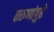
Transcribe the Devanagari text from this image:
तरुणांपुढे